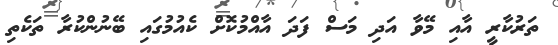
ތަރުކާރީ އާއި މޭވާ އަދި މަސް ފަދަ އާއްމުކޮށް ކެއުމުގައި ބޭނުންކުރާ ތަކެތި